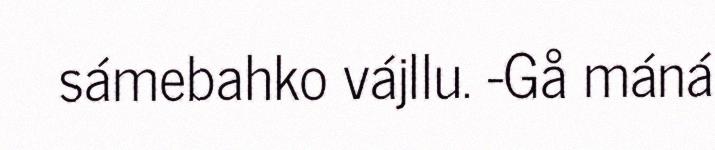
sámebahko vájllu. -Gå máná